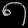
Digit: ၈